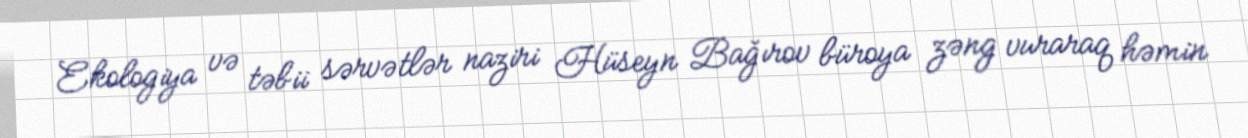
Ekologiya və təbii sərvətlər naziri Hüseyn Bağırov büroya zəng vuraraq həmin